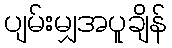
ပျမ်းမျှအပူချိန်